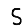
Digit: 5